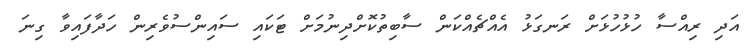
އަދި ރިއްސާ ހުޅުހުޅަށް ރަނގަޅު އެއްޗެއްކަން ސާބިތުކޮށްދިނުމަށް ޓަކައި ސައިންސުވެރިން ހަދާފައިވާ ގިނަ